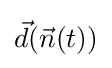
{\vec {d}}({\vec {n}}(t))